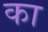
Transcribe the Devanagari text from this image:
का